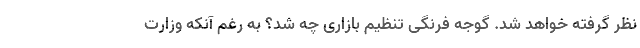
نظر گرفته خواهد شد.‌ گوجه فرنگی تنظیم بازاری چه شد؟ به رغم آنکه وزارت